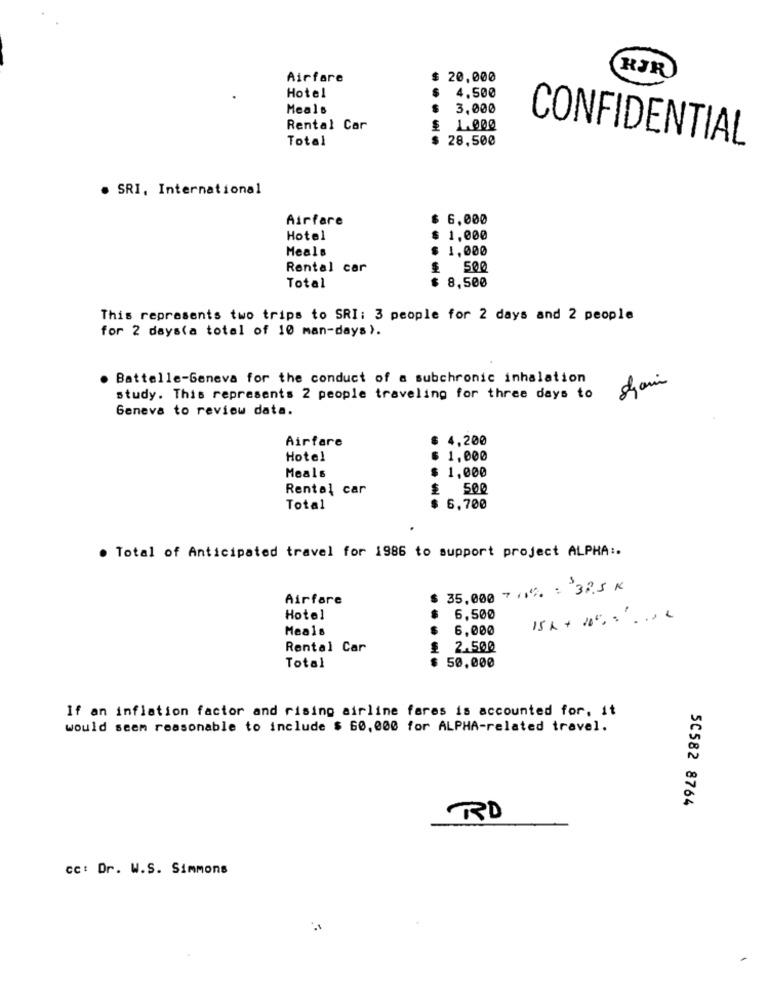
KJR
Airfare
20,000
Hotel
4.500
Meals
3,000
Rental Car
£ 1.000
Total
28,500
CONFIDENTIAL
. SRI, International
Airfare
$ 6.000
Hotel
1,000
Meals
1,000
Rental car
Total
$ 8,500
---
This represents two trips to SRI: 3 people for 2 days and 2 people
for 2 days(a total of 10 man-days).
Battelle-Geneva for the conduct of a subchronic inhalation
study. This represents 2 people traveling for three days to
Geneva to review data.
Airfare
4,200
Hotel
1,000
Meals
1,000
Rental car
500
Total
6,700
. Total of Anticipated travel for 1986 to support project ALPHA :.
35,000 7,1% : 32.5 K
Airfare
Hotel
6,500
15 x + 100. . ... .
Meals
6,000
Rental Car
2.500
Total
50,000
If an inflation factor and rising airline fares is accounted for, it
would seem reasonable to include $ 60, 000 for ALPHA-related travel.
50582 8764
RD
cc: Dr. W.S. Simmons